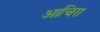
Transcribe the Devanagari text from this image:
आचिरा